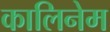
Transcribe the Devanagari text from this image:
कालिनेम